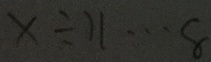
x \div 1 1 \cdots 8